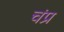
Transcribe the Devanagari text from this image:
चंप्र